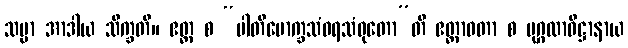
သမ္မာ အာဒါယ သိက္ခတိ။ ဧတ္ထ စ “ပါတိမောက္ခသံဝရသံဝုတော”တိ ဧတ္တာဝတာ စ ပုဂ္ဂလာဓိဋ္ဌာနာယ